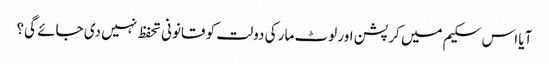
آیا اس سکیم میں کرپشن اور لوٹ مار کی دولت کو قانونی تحفظ نہیں دی جائے گی؟